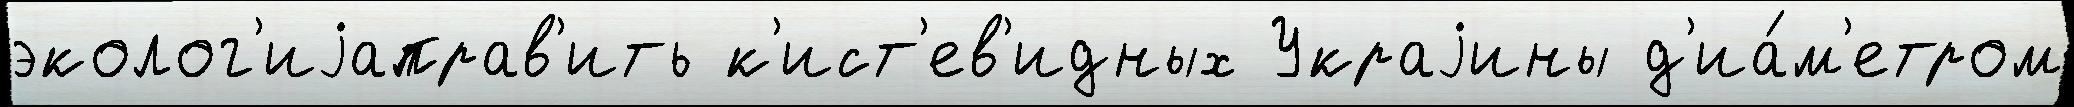
эколог'иjаправ'ить к'ист'ев'идных Украjины д'иа́м'етром